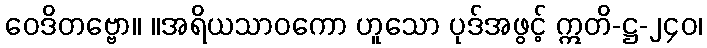
ဝေဒိတဗ္ဗော။ ။အရိယသာဝကော ဟူသော ပုဒ်အဖွင့် ဣတိ-ဋ္ဌ-၂၄၀၊